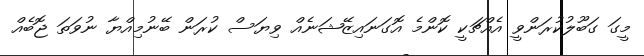
މީގަ ގަބޫލުކުރަންވީ އެއްޗަކީ ކޮންމެ އޮގަނައިޒޭޝަނެއް ވިޔަސް ކުރަން ބޭނުމިއްޔާ ނުވަތަ ޖޮބެއް